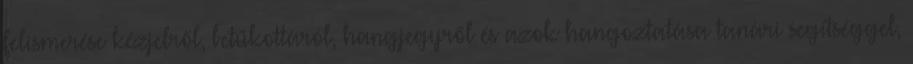
felismerése kézjelről, betűkottáról, hangjegyről és azok hangoztatása tanári segítséggel,